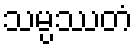
သမ္ပဿတံ